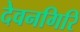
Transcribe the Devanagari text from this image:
देवनगिरि